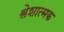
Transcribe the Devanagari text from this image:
श्लेशात्मक